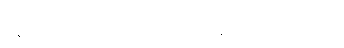
နေဖို့ကလွဲပြီး ဘာကိုမှ မစွန့်စားချင်တတ်ကြပါဘူး။